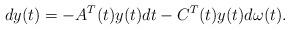
LaTeX: \begin{align*}dy(t) = -A^T(t)y(t) dt -C^T(t) y(t)d\omega(t). \end{align*}